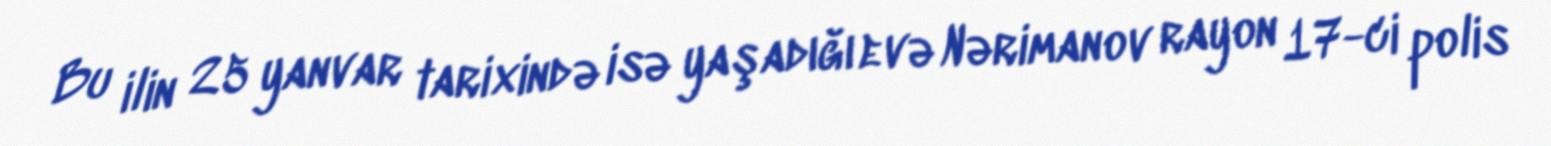
Bu ilin 25 yanvar tarixində isə yaşadığı evə Nərimanov rayon 17-ci polis